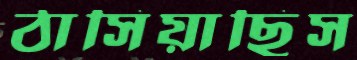
ঠাসিয়াছিস